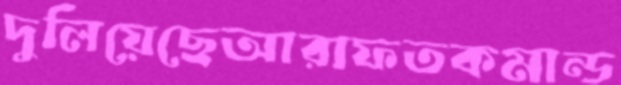
দুলিয়েছেআরাফতকমান্ড